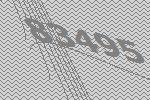
83495